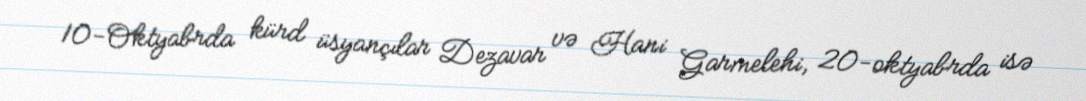
10-Oktyabrda kürd üsyançılar Dezavar və Hani Garmelehi, 20-oktyabrda isə